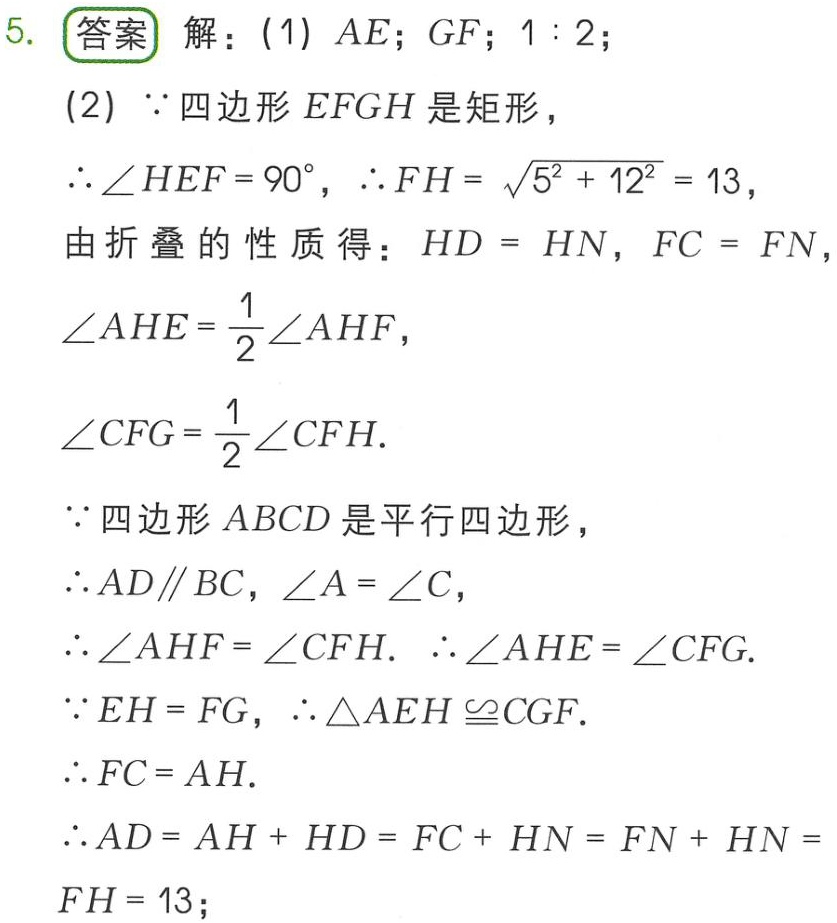
5. 答案 解：(1) \(AE\); \(GF\); \(1:2\);
(2) \(\because\)四边形 \(EFGH\) 是矩形，
\(\therefore\angle HEF = 90^{\circ}\)，\(\therefore FH=\sqrt{5^{2}+12^{2}} = 13\)，
由折叠的性质得：\(HD = HN\)，\(FC = FN\)，
\(\angle AHE=\frac{1}{2}\angle AHF\)，
\(\angle CFG=\frac{1}{2}\angle CFH\).
\(\because\)四边形 \(ABCD\) 是平行四边形，
\(\therefore AD\parallel BC\)，\(\angle A=\angle C\)，
\(\therefore\angle AHF=\angle CFH\). \(\therefore\angle AHE=\angle CFG\).
\(\because EH = FG\)，\(\therefore\triangle AEH\cong CGF\).
\(\therefore FC = AH\).
\(\therefore AD=AH + HD=FC + HN=FN + HN = FH = 13\);